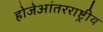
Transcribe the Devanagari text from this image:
होजेआंतरराष्ट्रीय